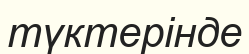
түктерінде